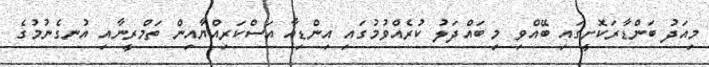
މިއަދު ބަންޑާރަކޮށީގައި ބޭއްވި މި ބައްދަލު ކުރެއްވުމުގައި އިންޑިއާ އަސްކަރިއްޔާއިން ތަމްރީނާއި އުނގެނުމުގެ